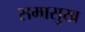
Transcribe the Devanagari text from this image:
समासुख